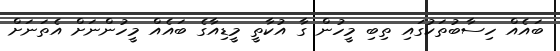
ބައެއް ހިސާބުތަކުގައި ތިބި މީހުން ގާ އުކާތީ މީޑިއާގެ ބައެއް މީހުންނަށް އެތަނަށް